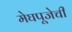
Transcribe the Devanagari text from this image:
मेघपूजेची